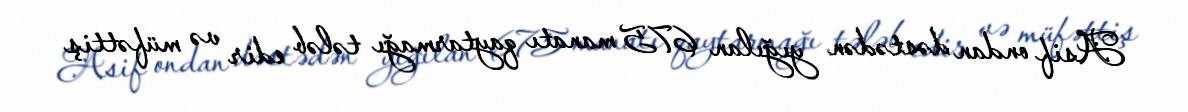
Asif ondan dəstədən yığılan 675 manatı qaytarmağı tələb edir və müfəttiş